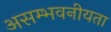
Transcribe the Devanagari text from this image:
असम्भवनीयता